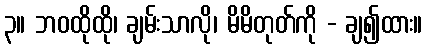
၃။ ဘဝထိုထို၊ ချမ်းသာလို၊ မိမိတုတ်ကို - ချ၍ထား။